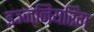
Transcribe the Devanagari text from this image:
इञ्जनियरिंग